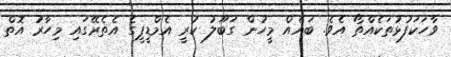
ވާހަކަފުޅުތަކެއްތޯ އެވެ. ބައެއް މީހުން ގަބޫލު ކުރީ އެމްޑީޕީގެ އެތެރޭގައި މިހާރު އޮތް